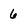
Character: 6